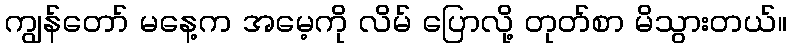
ကျွန်တော် မနေ့က အမေ့ကို လိမ် ပြောလို့ တုတ်စာ မိသွားတယ်။